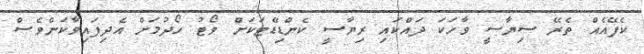
ކެފޭއެއް ތެރޭ ސިޔާސީ ވާހަކަ ދައްކައި ރިޔާސީ ކެންޑިޑޭޓަކަށް ވޯޓު ހޯދުމަށް އެދިފައިވާކަންވެސް